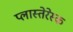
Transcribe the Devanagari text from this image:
प्लास्तेरेस्क